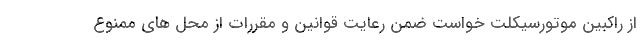
از راکبین موتورسیکلت خواست ضمن رعایت قوانین و مقررات از محل های ممنوع